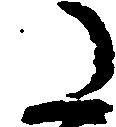
た